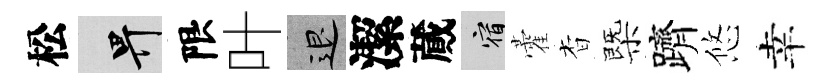
松畀限叶退潔蕆宿藿杳㮣躋悠幸